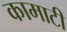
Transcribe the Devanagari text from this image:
कामाटी